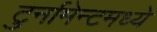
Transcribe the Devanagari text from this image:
टुर्नामेन्टमध्ये